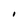
Character: I